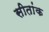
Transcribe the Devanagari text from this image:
सीतांक